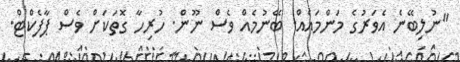
"ނުލިބޭނެ އެވަރުގެ މަންމައެއް. ބޭނުމެއް ވެސް ނޫން. ހުރިހާ ގޮތަކަށް ވެސް ޕާފެކްޓް.